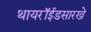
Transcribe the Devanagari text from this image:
थायरॉईडसारखे